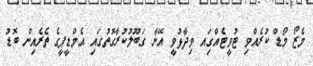
މެޒޯ މޯޑް ކުރެއްވި ޓުވީޓެއްގަިއ ވިދާޅުވީ އޭނާ ގަބޫލުކުރާގޮތުގައި އެމްޑީޕީގެ ތެރެއިން ބޮޑު